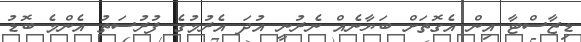
ޑިޒާސްޓާ އިން އެގޮތަށް ބަޔާނެއް ނެރުނީ އުދަ އެރުމުގެ ފުރުސަތު އެންމެ ބޮޑު